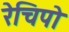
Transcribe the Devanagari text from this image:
रेचिपो